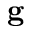
\mathbf { g }